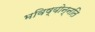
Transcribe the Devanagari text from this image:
भविष्योन्नति